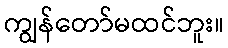
ကျွန်တော်မထင်ဘူး။